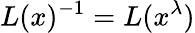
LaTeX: L(x)^{-1}=L(x^{\lambda})